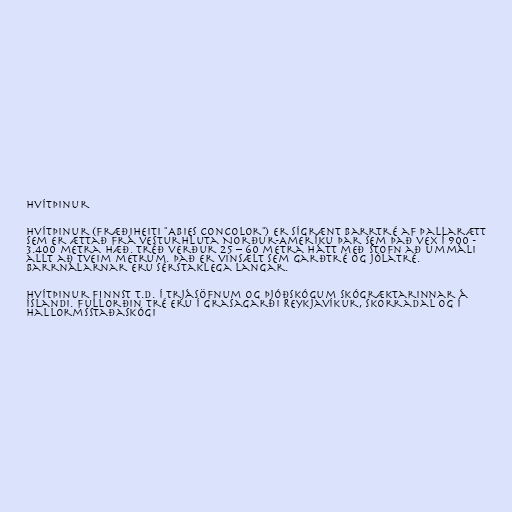
Hvítþinur

Hvítþinur (fræðiheiti "Abies concolor") er sígrænt barrtré af þallarætt
sem er ættað frá vesturhluta Norður-Ameríku þar sem það vex í 900 -
3.400 metra hæð. Tréð verður 25 – 60 metra hátt með stofn að ummáli
allt að tveim metrum. Það er vinsælt sem garðtré og jólatré.
Barrnálarnar eru sérstaklega langar.

Hvítþinur finnst t.d. í trjásöfnum og þjóðskógum Skógræktarinnar á
Íslandi. Fullorðin tré eru í Grasagarði Reykjavíkur, Skorradal og í
Hallormsstaðaskógi